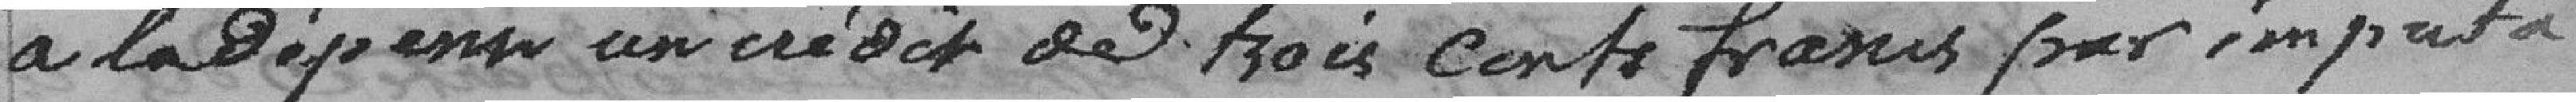
à la dépense un crédit de trois cents francs par importa